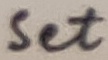
Text: Set